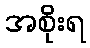
အစိုးရ